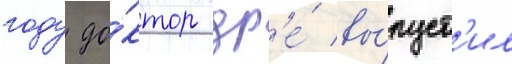
году до́ктор др'е́ вы́пуст'ил